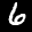
Label: 6